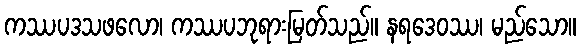
ကဿပဒသဖလော၊ ကဿပဘုရားမြတ်သည်။ နရဒေဝဿ၊ မည်သော။